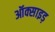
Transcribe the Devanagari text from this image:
ऑक्साइड़